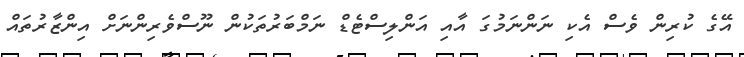
އޭގެ ކުރިން ވެސް އެކި ނަންނަމުގަ އާއި އަންލިސްޓެޑް ނަމްބަރުތަކުން ނޫސްވެރިންނަށް އިންޒާރުތައް